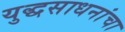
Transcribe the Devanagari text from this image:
युद्धसाधनांचा